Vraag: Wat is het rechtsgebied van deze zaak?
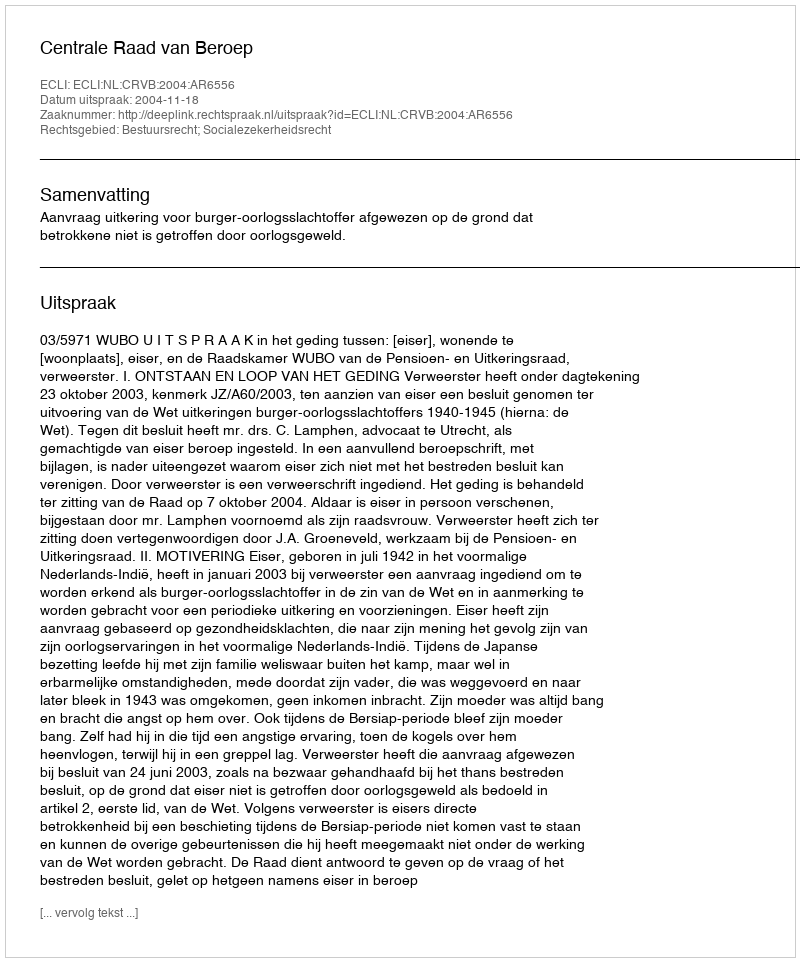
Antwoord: Bestuursrecht; Socialezekerheidsrecht